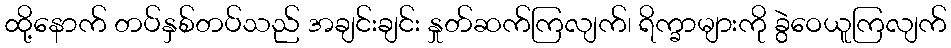
ထို့နောက် တပ်နှစ်တပ်သည် အချင်းချင်း နှုတ်ဆက်ကြလျက်၊ ရိက္ခာများကို ခွဲဝေယူကြလျက်